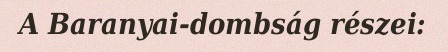
A Baranyai-dombság részei: